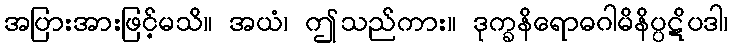
အပြားအားဖြင့်မသိ။ အယံ၊ ဤသည်ကား။ ဒုက္ခနိရောဓဂါမိနိပ္ပဋိပဒါ၊